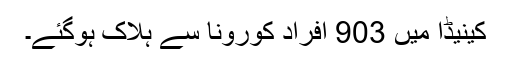
کینیڈا میں 903 افراد کورونا سے ہلاک ہوگئے۔